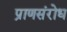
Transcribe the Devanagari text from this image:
प्राणसंरोध